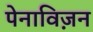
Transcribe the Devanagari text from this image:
पेनाविज़न